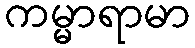
ကမ္မာရာမာ